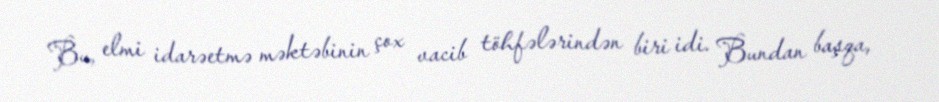
Bu, elmi idarəetmə məktəbinin çox vacib töhfələrindən biri idi. Bundan başqa,